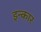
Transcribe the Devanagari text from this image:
इन्‍कार